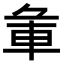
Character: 𨊬